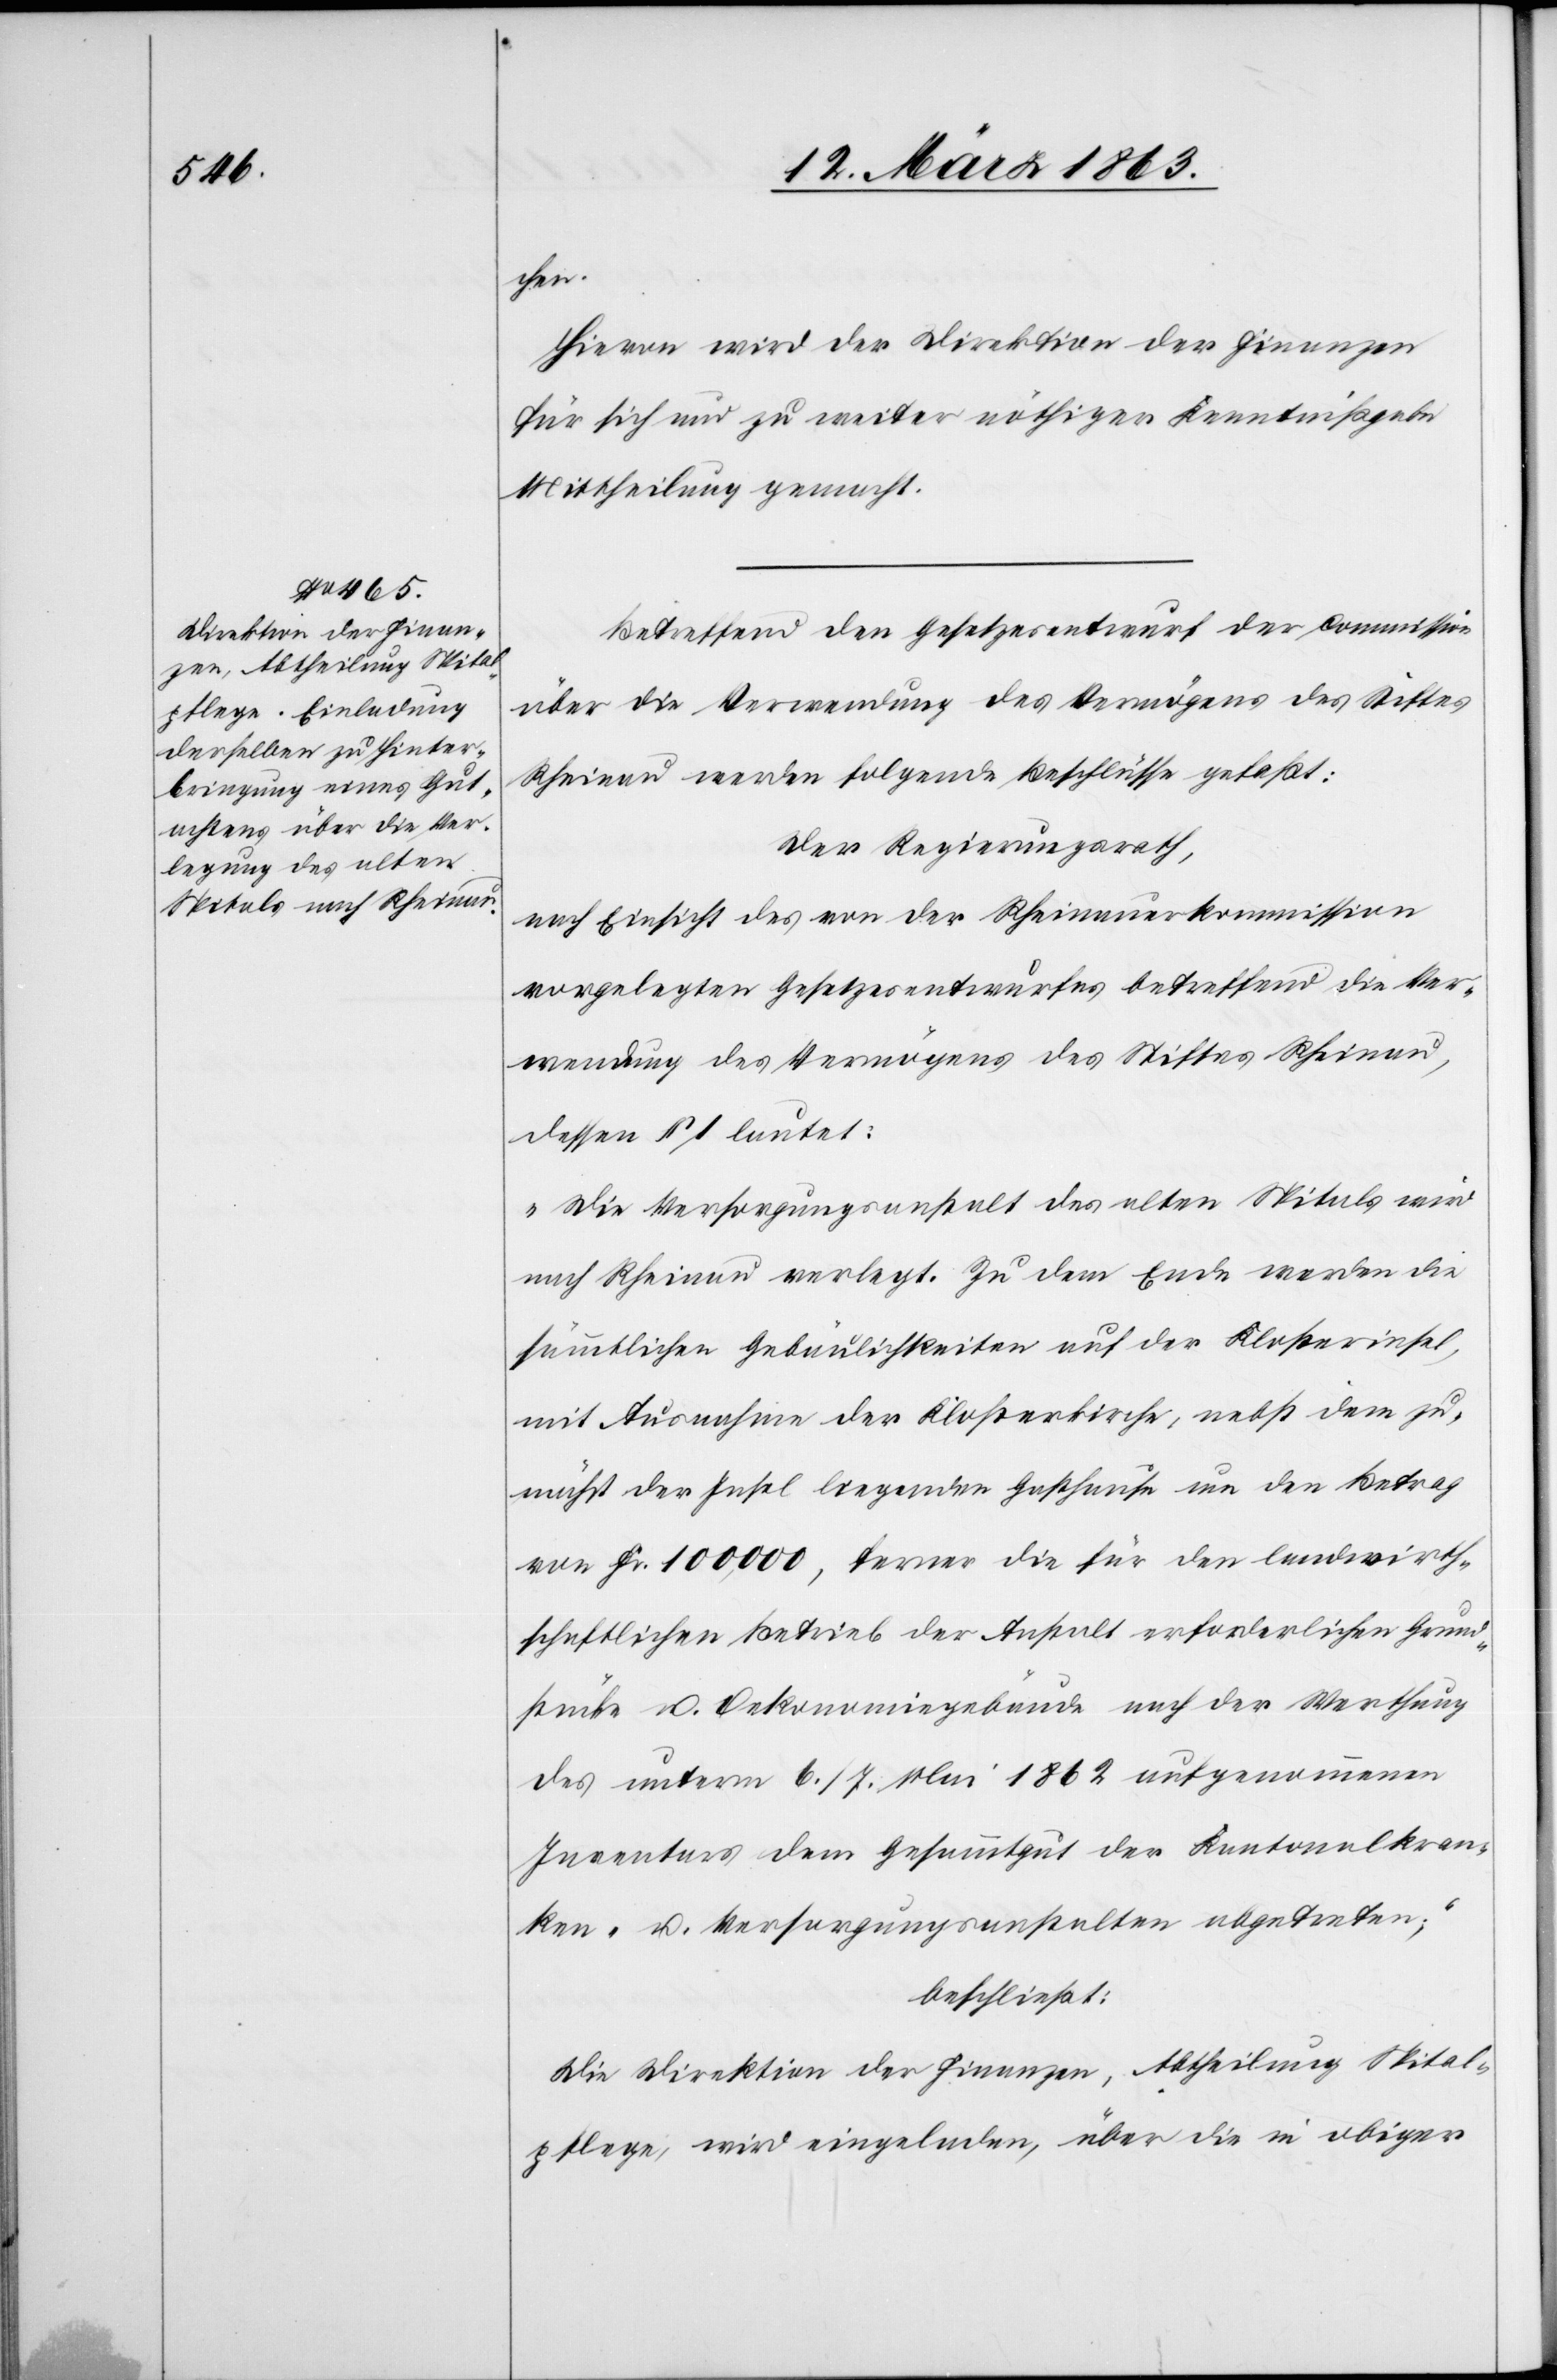
chen.
Hievon wird der Direktion der Finanzen
für sich und zu weiter nöthiger Kenntnißgabe
Mittheilung gemacht.
Betreffend den Gesetzesentwurf der Commission
über die Verwendung des Vermögens des Stiftes
Rheinau werden folgende Beschlüsse gefaßt:
Der Regierungsrath,
nach Einsicht des von der Rheinauerkommission
vorgelegten Gesetzesentwurfes betreffend die Ver¬
wendung des Vermögens des Stiftes Rheinau,
dessen § 1 lautet:
„Die Versorgungsanstalt des alten Spitals wird
nach Rheinau verlegt. Zu dem Ende werden die
sämmtlichen Gebäulichkeiten auf der Klosterinsel,
mit Ausnahme der Klosterkirche, nebst dem zu¬
nächst der Insel liegenden Gasthause um den Betrag
von Fr. 100,000, ferner die für den landwirth¬
schaftlichen Betrieb der Anstalt erforderlichen Grund¬
stücke u. Oekonomiegebäude nach der Werthung
des unterm 6./7. Mai 1862 aufgenommenen
Inventars dem Gesammtgut der Kantonalkran¬
ken- u. Versorgungsanstalten abgetreten;“
beschließt:
Die Direktion der Finanzen, Abtheilung Spital¬
pflege, wird eingeladen, über die in obiger